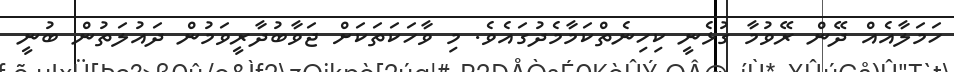
ހަމަލާއެއް ދޭން ރޭވުމާ ގުޅެނީ ކިހިނެތްކަމާމެދުގައެވެ. މި ވާހަކަތަކަށް ޖަވާބުދާރީވަމުން ދައުލަތުން ބުނީ